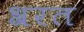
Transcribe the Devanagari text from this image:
श्ररत